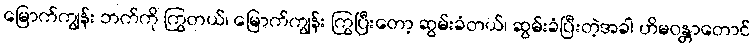
မြောက်ကျွန်း ဘက်ကို ကြွတယ်၊ မြောက်ကျွန်း ကြွပြီးတော့ ဆွမ်းခံတယ်၊ ဆွမ်းခံပြီးတဲ့အခါ ဟိမဝန္တာတောင်